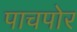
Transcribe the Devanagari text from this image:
पाचपोर